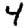
Digit: 4